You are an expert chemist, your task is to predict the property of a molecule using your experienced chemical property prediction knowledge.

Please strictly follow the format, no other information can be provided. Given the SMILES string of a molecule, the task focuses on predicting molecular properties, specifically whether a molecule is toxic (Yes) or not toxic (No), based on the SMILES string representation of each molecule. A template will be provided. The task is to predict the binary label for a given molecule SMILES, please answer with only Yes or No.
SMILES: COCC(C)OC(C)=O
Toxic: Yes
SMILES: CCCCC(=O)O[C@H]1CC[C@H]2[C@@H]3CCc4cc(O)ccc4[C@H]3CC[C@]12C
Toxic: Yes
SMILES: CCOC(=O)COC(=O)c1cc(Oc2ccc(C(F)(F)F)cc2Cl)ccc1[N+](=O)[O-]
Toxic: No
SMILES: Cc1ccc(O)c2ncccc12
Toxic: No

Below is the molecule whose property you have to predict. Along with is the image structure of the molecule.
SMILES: CC(C)CC(C)O
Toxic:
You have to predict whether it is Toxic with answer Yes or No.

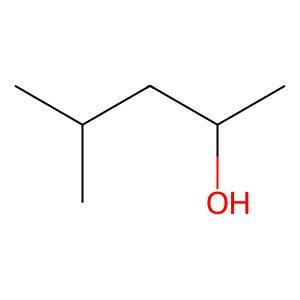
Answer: No